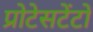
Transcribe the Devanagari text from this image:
प्रोटेसटेंटों